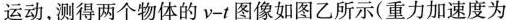
运动，测得两个物体的v-t图像如图乙所示(重力加速度为